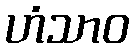
ဟံသာဝ